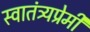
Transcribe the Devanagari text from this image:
स्वातंत्र्यप्रेमी